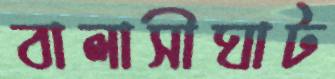
বালাসীঘাট